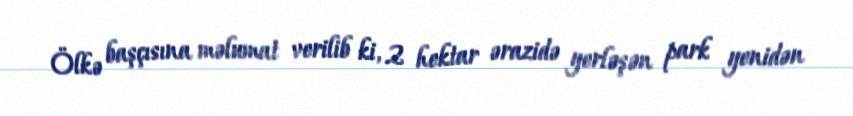
Ölkə başçısına məlumat verilib ki, 2 hektar ərazidə yerləşən park yenidən